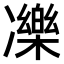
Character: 𠘙